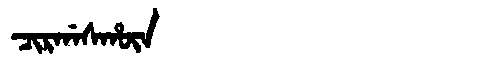
Manchu: ᠴᡳᡵᡤᠠᠰᡥᡡᠨ
Romanization: CIRGASHŪN